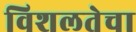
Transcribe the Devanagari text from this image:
विशलतेचा